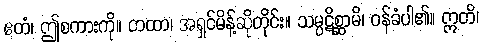
ဧတံ၊ ဤစကားကို။ တထာ၊ အရှင်မိန့်ဆိုတိုင်း။ သမ္ပဋိစ္ဆာမိ၊ ဝန်ခံပါ၏။ ဣတိ၊